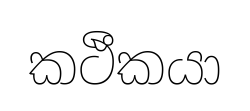
කථීකයා